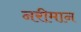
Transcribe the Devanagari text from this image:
नरीमान